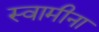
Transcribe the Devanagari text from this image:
स्वामीना